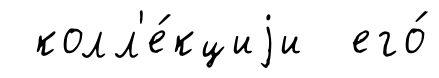
колл'е́кциjи его́